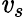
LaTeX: \mathit{v}_{s}